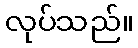
လုပ်သည်။